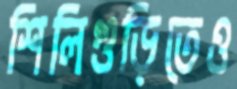
শিলিগুড়িতেও